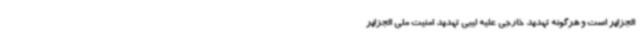
الجزایر است و هرگونه تهدید خارجی علیه لیبی تهدید امنیت ملی الجزایر